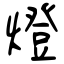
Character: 燈